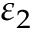
\varepsilon _ { 2 }